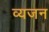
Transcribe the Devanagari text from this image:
व्यजन